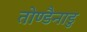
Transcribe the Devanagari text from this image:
तोण्डैनाडु